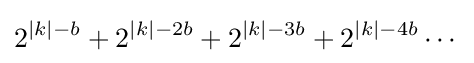
2^{|k|-b}+2^{|k|-2b}+2^{|k|-3b}+2^{|k|-4b}\cdots